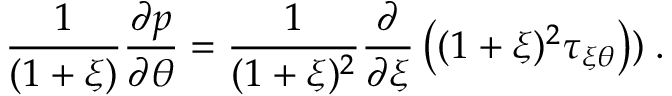
\frac { 1 } { ( 1 + \xi ) } \frac { \partial p } { \partial \theta } = \frac { 1 } { ( 1 + \xi ) ^ { 2 } } \frac { \partial } { \partial \xi } \left( ( 1 + \xi ) ^ { 2 } \tau _ { \xi \theta } \right) ) \; .